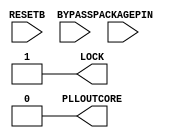
module SB_PLL40_PAD
    #(
        parameter FEEDBACK_PATH = 0,
        parameter [3:0] DIVR = 0,
        parameter [2:0] DIVQ = 0,
        parameter [2:0] FILTER_RANGE = 0,
        parameter [6:0] DIVF = 0
    )
    (   
        /* verilator lint_off UNUSED */
        input RESETB,
        input PACKAGEPIN,
        input BYPASS,
        output PLLOUTCORE = 0,
        output LOCK = 1
        /* verilator lint_on UNUSED */
    );

    always @(posedge PACKAGEPIN) begin
        PLLOUTCORE <= !PLLOUTCORE;
    end

endmodule